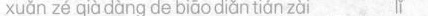
xuǎn zé qià dàng de biāo diǎn tián zài lǐ